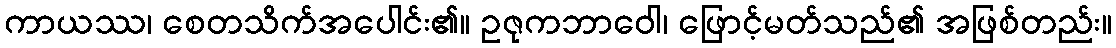
ကာယဿ၊ စေတသိက်အပေါင်း၏။ ဥဇုကဘာဝေါ၊ ဖြောင့်မတ်သည်၏ အဖြစ်တည်း။